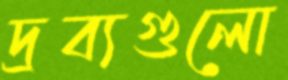
দ্রব্যগুলো